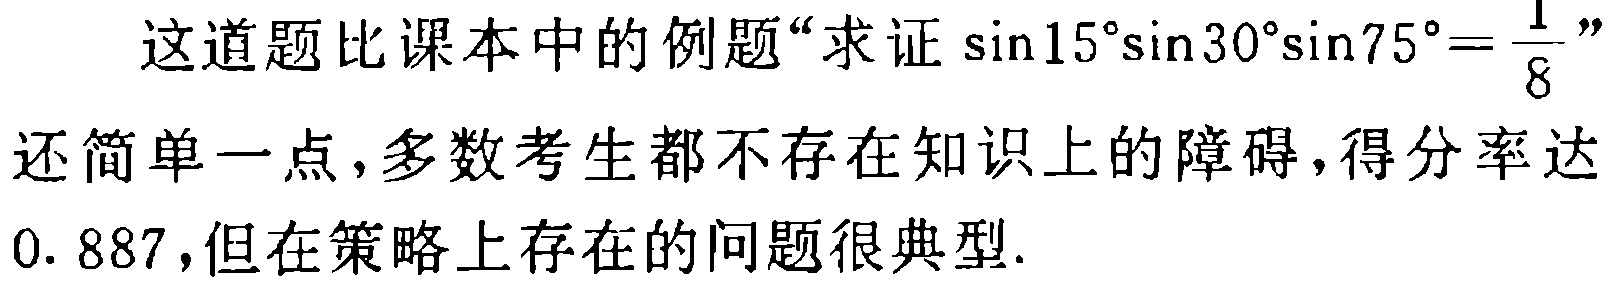
这道题比课本中的例题“求证\(\sin15^{\circ}\sin30^{\circ}\sin75^{\circ}=\frac{1}{8}\)”还简单一点，多数考生都不存在知识上的障碍，得分率达\(0.887\)，但在策略上存在的问题很典型.